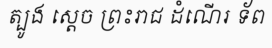
ត្បូង ស្តេច ព្រះរាជ ដំណើរ ទ័ព